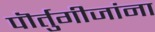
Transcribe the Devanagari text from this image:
पॊर्तुगीजांना